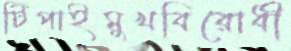
টিপাইমুখবিরোধী